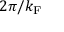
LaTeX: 2 \pi / k _ { \mathrm { F } }